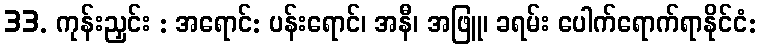
33. ကုန်းညှင်း : အရောင်: ပန်းရောင်၊ အနီ၊ အဖြူ၊ ခရမ်း ပေါက်ရောက်ရာနိုင်ငံ: